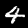
Label: 4